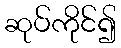
ဆုပ်ကိုင်၍